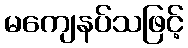
မကျေနပ်သဖြင့်